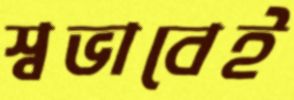
স্বভাবেই